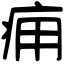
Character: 痈